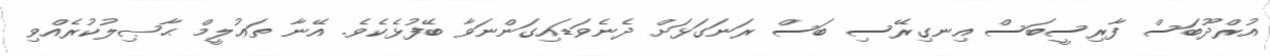
އުރްދޫބަސް ފާރިސީބަސް އިނގިރޭސި ބަސް ރަނަގަޅަށް ދެނެވަޑައިގަންނަވާ ބޭފުޅެކެވެ. އޭނާ ތަޢުލީމް ޙާޞިލުކުރެއްވި